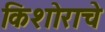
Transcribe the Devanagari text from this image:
किशोराचे